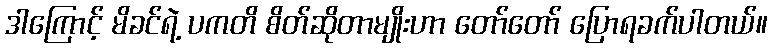
ဒါကြောင့် မိခင်ရဲ့ ပကတိ စိတ်ဆိုတာမျိုးဟာ တော်တော် ပြောရခက်ပါတယ်။